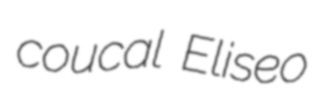
coucal Eliseo